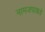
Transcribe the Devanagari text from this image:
नामजपाकडे